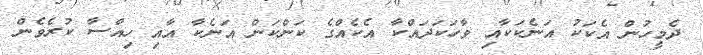
ދެމީހުން އެކަކު އަނެކަކާއި ވާހަކަދައްކާ އެކެއްގެ ކަންކަން އަނެކާ އާއި ހިއްސާ ކުރެވެން